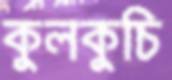
কুলকুচি